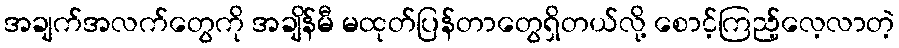
အချက်အလက်တွေကို အချိန်မီ မထုတ်ပြန်တာတွေရှိတယ်လို့ စောင့်ကြည့်လေ့လာတဲ့